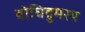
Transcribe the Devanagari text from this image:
बोधिद्रुमस्य